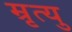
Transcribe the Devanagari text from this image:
म्रृत्यु